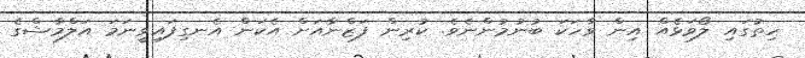
ހިތުގައި ލޯވަޅެއް އިން ވާހަކަ ބުނުމުންނެވެ. ކުރިން ފަޒްނާއަށް އެކަން އެނގިފައިވީނަމަ އަލްމާޝްގެ